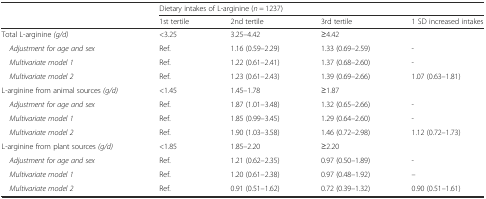
<table><thead><tr><td></td><td colspan="4"><b>Dietary intakes of L-arginine (<i>n =</i> 1237)</b></td></tr><tr><td></td><td><b>1st tertile</b></td><td><b>2nd tertile</b></td><td><b>3rd tertile</b></td><td><b>1 SD increased intakes</b></td></tr></thead><tbody><tr><td>Total L-arginine <i>(g/d)</i></td><td>&lt;3.25</td><td>3.25–4.42</td><td>≥4.42</td><td></td></tr><tr><td> <i>Adjustment for age and sex</i></td><td>Ref.</td><td>1.16 (0.59–2.29)</td><td>1.33 (0.69–2.59)</td><td>-</td></tr><tr><td> <i>Multivariate model 1</i></td><td>Ref.</td><td>1.22 (0.61–2.41)</td><td>1.37 (0.68–2.60)</td><td>-</td></tr><tr><td> <i>Multivariate model 2</i></td><td>Ref.</td><td>1.23 (0.61–2.43)</td><td>1.39 (0.69–2.66)</td><td>1.07 (0.63–1.81)</td></tr><tr><td>L-arginine from animal sources <i>(g/d)</i></td><td>&lt;1.45</td><td>1.45–1.78</td><td>≥1.87</td><td></td></tr><tr><td> <i>Adjustment for age and sex</i></td><td>Ref.</td><td>1.87 (1.01–3.48)</td><td>1.32 (0.65–2.66)</td><td>-</td></tr><tr><td> <i>Multivariate model 1</i></td><td>Ref.</td><td>1.85 (0.99–3.45)</td><td>1.29 (0.64–2.60)</td><td>-</td></tr><tr><td> <i>Multivariate model 2</i></td><td>Ref.</td><td>1.90 (1.03–3.58)</td><td>1.46 (0.72–2.98)</td><td>1.12 (0.72–1.73)</td></tr><tr><td>L-arginine from plant sources <i>(g/d)</i></td><td>&lt;1.85</td><td>1.85–2.20</td><td>≥2.20</td><td></td></tr><tr><td> <i>Adjustment for age and sex</i></td><td>Ref.</td><td>1.21 (0.62–2.35)</td><td>0.97 (0.50–1.89)</td><td>-</td></tr><tr><td> <i>Multivariate model 1</i></td><td>Ref.</td><td>1.20 (0.61–2.38)</td><td>0.97 (0.48–1.92)</td><td>–</td></tr><tr><td> <i>Multivariate model 2</i></td><td>Ref.</td><td>0.91 (0.51–1.62)</td><td>0.72 (0.39–1.32)</td><td>0.90 (0.51–1.61)</td></tr></tbody></table>